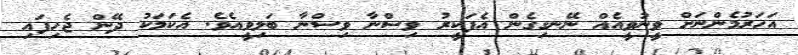
އަހަރުމެންނަށް ވީނުވީއެއް ނޭނގިގެން އެފަކީރު ވިސްނާ ވިސްނާ ބަލިވީއެވެ. އެކަމަކު ދޭން ޖެހިފައި